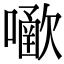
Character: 𡁀